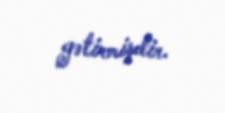
gətirmişdir.